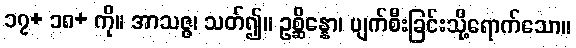
၁၇+ ၁၈+ ကို။ အာသဇ္ဇ၊ သတ်၍။ ဥစ္ဆိန္နော၊ ပျက်စီးခြင်းသို့ရောက်သော။